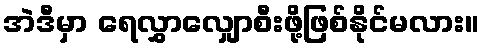
အဲဒီမှာ ရေလွှာလျှောစီးဖို့ဖြစ်နိုင်မလား။